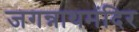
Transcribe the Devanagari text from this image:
जगन्नाथमंदिर